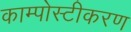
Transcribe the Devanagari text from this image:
काम्पोस्टीकरण